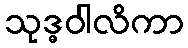
သုဒ္ဓဝါလိကာ